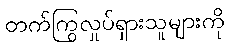
တက်ကြွလှုပ်ရှားသူများကို